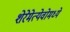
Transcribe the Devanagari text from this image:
शेरेमेत्येवोमध्ये